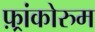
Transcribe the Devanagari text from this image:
फ़्रांकोरुम